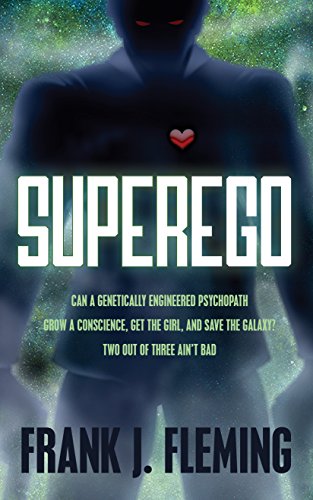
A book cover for Superego; Frank J Fleming; Science Fiction & Fantasy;